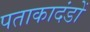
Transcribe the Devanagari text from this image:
पताकादंडों